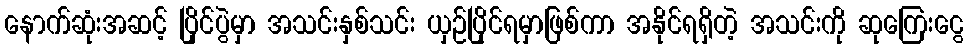
နောက်ဆုံးအဆင့် ပြိုင်ပွဲမှာ အသင်းနှစ်သင်း ယှဉ်ပြိုင်ရမှာဖြစ်ကာ အနိုင်ရရှိတဲ့ အသင်းကို ဆုကြေးငွေ